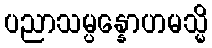
ပညာသမ္ပန္နောဟမသ္မိ